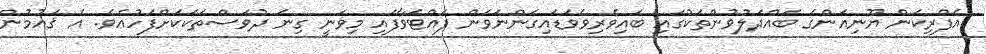
އެފްރިކަން ޔޫނިއަންގެ ބައްދަލުވުންތަކުގައި ބައިވެރިވެވަޑައިގަންނަވަން ފައްޓަވާފައި މިވަނީ ގިނަ ދުވަސްތަކަކަށްފަހުއެވެ. އެ ޤައުމުން